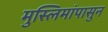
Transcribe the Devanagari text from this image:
मुस्लिमांपासुन